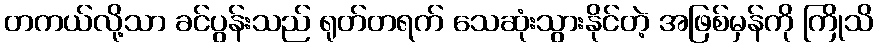
တကယ်လို့သာ ခင်ပွန်းသည် ရုတ်တရက် သေဆုံးသွားနိုင်တဲ့ အဖြစ်မှန်ကို ကြိုသိ